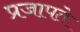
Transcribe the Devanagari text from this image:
प्रजापते